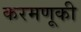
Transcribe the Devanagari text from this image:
करमणूकी